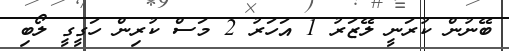
ބޭނުން ކުރަނީ ލޭޒަރު 1 އަހަރު 2 މަސް ކުރިން ހަގީގީ ލޯބި